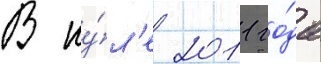
В иу́л'е 2011 го́да